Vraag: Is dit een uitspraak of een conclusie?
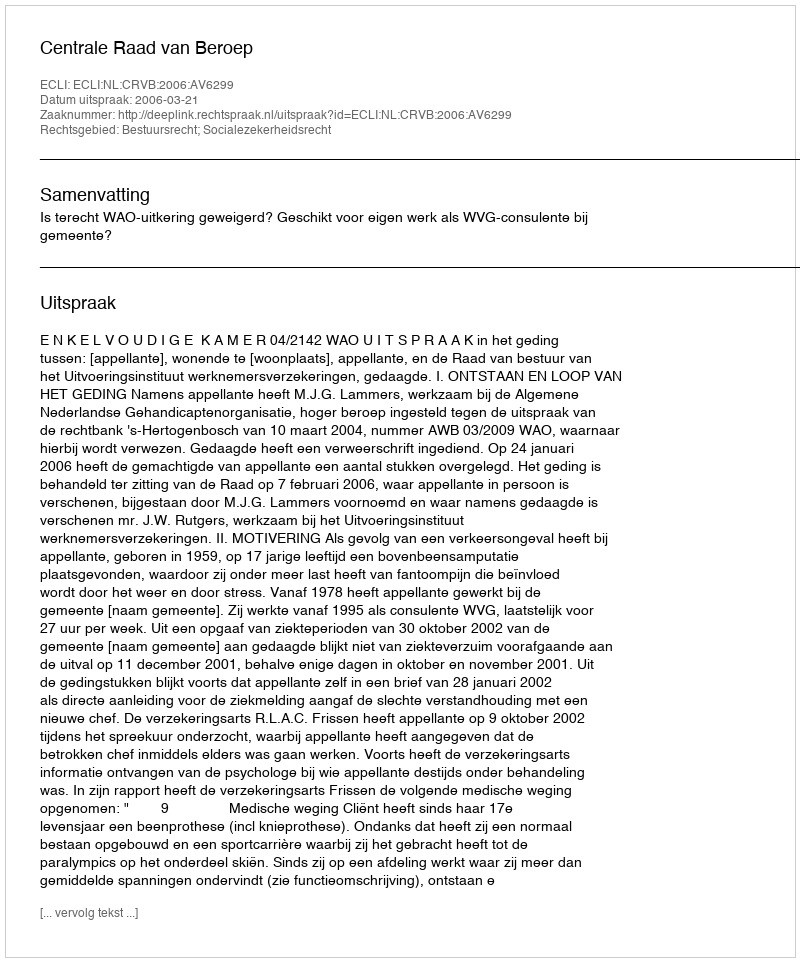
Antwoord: Uitspraak